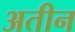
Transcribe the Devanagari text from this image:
अतीन